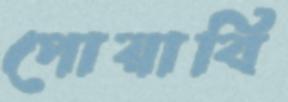
পোয়াবি